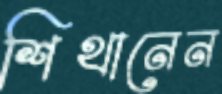
শিথানেন